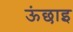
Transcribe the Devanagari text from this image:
ऊंछाइ